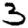
Digit: 3